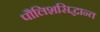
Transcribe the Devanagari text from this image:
पौलिशसिद्धान्त